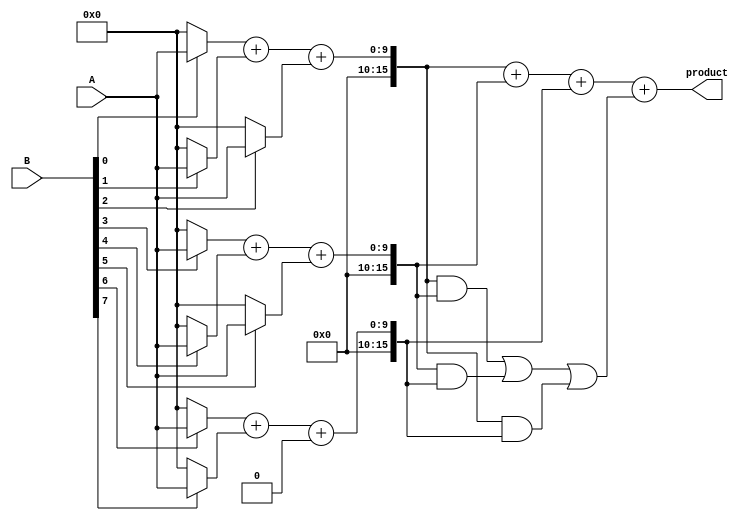
module unfolded_wallace_tree_multiplier #(parameter m = 8, n = 8) (
    input wire [m-1:0] A,
    input wire [n-1:0] B,
    output wire [m+n-1:0] product
);

    // Intermediate signals for partial products
    wire [m-1:0] pp [0:n-1]; // Partial products
    wire [m+n-1:0] sum [0:2]; // Sum wires for Wallace reduction
    wire [m+n-1:0] carry [0:2]; // Carry wires for Wallace reduction

    // Generate partial products
    genvar i;
    generate
        for (i = 0; i < n; i = i + 1) begin : gen_partial_products
            assign pp[i] = (B[i] == 1'b1) ? A : {m{1'b0}};
        end
    endgenerate

    // Wallace Tree Reduction Stage 1
    wire [m+n-1:0] stage1_sum [0:2]; 
    wire [m+n-1:0] stage1_carry [0:2]; 

    // Grouping and reducing partial products
    generate
        for (i = 0; i < n; i = i + 1) begin : wallace_stage1
            if (i % 3 == 0) begin
                assign stage1_sum[i/3] = pp[i] + pp[i+1] + (i+2 < n ? pp[i+2] : {m{1'b0}});
                assign stage1_carry[i/3] = (pp[i] & pp[i+1]) | (pp[i+1] & (i+2 < n ? pp[i+2] : {m{1'b0}})) |
                                             (pp[i] & (i+2 < n ? pp[i+2] : {m{1'b0}}));
            end
        end
    endgenerate

    // Wallace Tree Reduction Stage 2
    wire [m+n-1:0] stage2_sum;
    wire [m+n-1:0] stage2_carry;

    assign stage2_sum = stage1_sum[0] + stage1_sum[1] + (n > 3 ? stage1_sum[2] : {m+n{1'b0}});
    assign stage2_carry = (stage1_sum[0] & stage1_sum[1]) | (stage1_sum[1] & (n > 3 ? stage1_sum[2] : {m+n{1'b0}})) |
                           (stage1_sum[0] & (n > 3 ? stage1_sum[2] : {m+n{1'b0}}));

    // Final addition stage
    wire [m+n-1:0] final_sum;
    wire [m+n-1:0] final_carry;

    // Final addition using a simple adder (can be replaced with a more complex adder if needed)
    assign final_sum = stage2_sum + stage2_carry; // Final product calculation
    assign product = final_sum; // Output the product

endmodule